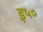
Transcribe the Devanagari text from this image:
इ५०